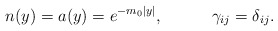
\begin{align*}n(y)=a(y)=e^{-m_0|y|},\ \ \ \ \ \ \ \ \ \gamma_{ij}=\delta_{ij}.\end{align*}